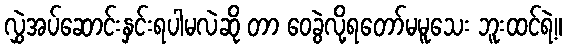
လွှဲအပ်ဆောင်းနှင်းရပါမလဲဆို တာ ဝေခွဲလို့ရတော်မမူသေး ဘူးထင်ရဲ့။